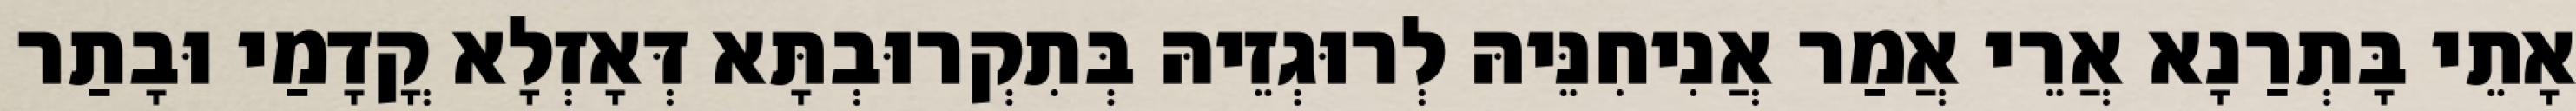
אָתֵי בָּתְרַנָא אֲרֵי אֲמַר אֲנִיחִנֵּיהּ לְרוּגְזֵיהּ בְּתִקְרוּבְתָּא דְּאָזְלָא קֳדָמַי וּבָתַר